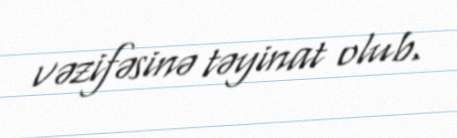
vəzifəsinə təyinat olub.